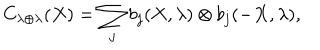
C _ { \lambda \oplus \lambda } ( X ) = \sum _ { j } b _ { j } ( X , \lambda ) \otimes b _ { j } ( - X , \lambda ) ,